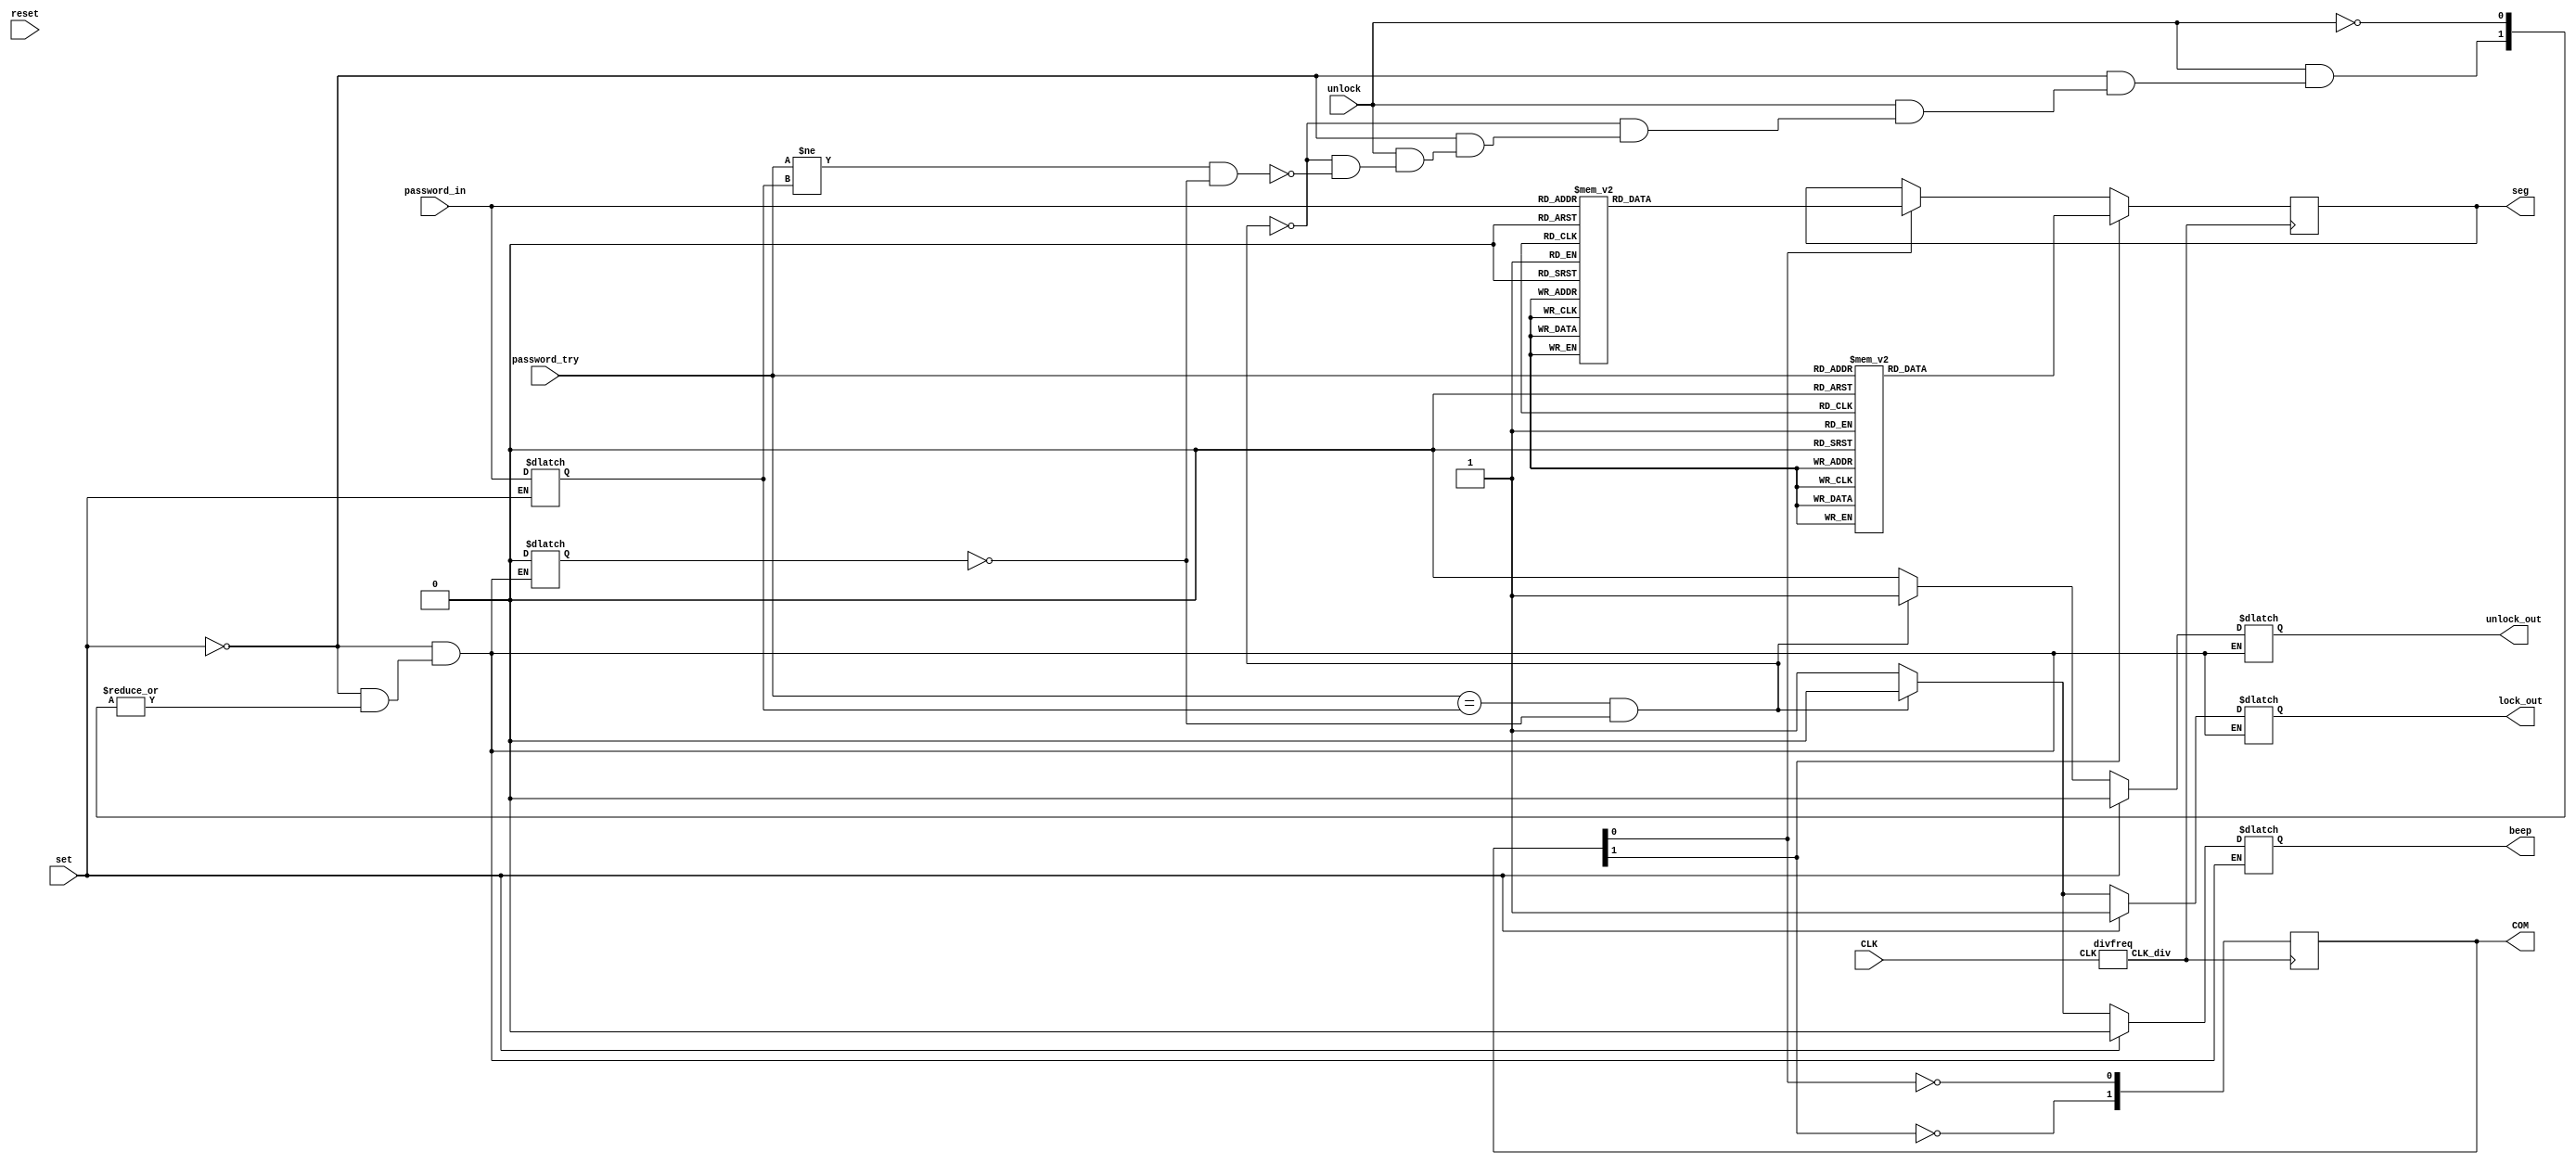
module zhuanti(
input [3:0] password_in, 
input [3:0] password_try,
input set,
input unlock,
input reset,
input CLK,
//output [7:0] password_out,
output reg  unlock_out,
output reg  lock_out,
output reg  beep = 0,
//output [2:0]try,
//output four_out,
output reg [1:0] COM,
//input A,B,C,D,E,G,H,I,
output reg [0:6] seg
);
divfreq F0(CLK, CLK_div);
reg [6:0] s1,s2,s3,s4;
reg[3:0]password;
reg check;
//reg[2:0] try_2;
//reg two;
//assign try = try_2;
assign password_out = password;
//assign four_out = four;
//assign A,B,C,D = password_in;
//assign E,G,H,I = password_out;


always @(set,unlock)
begin
if(set)
begin
password = password_in;
lock_out = 1;
unlock_out = 0;
check = 0; 
beep = 0;
end
else if(unlock)
begin	
if(password_try == password && check==0)
begin
lock_out = 0;
unlock_out = 1;
check = 0;     
beep = 0;
end

else if(password_try != password && check==0)
begin
lock_out = 1;
unlock_out = 0;
check = 0;
beep = 1; 
end
end
end

initial
begin
COM[0] = 1'b0;
COM[1] = 1'b1;



end

always @(posedge CLK_div)
begin
if(COM[0]) seg <= s1;
if(COM[1]) seg <= s2;



COM[0] = ~COM[0];
COM[1] = ~COM[1];


end

always @(password_in)
case({password_in})
4'b0000: s1= 7'b0000001;
4'b0001: s1= 7'b1001111;
4'b0010: s1= 7'b0010010;
4'b0011: s1= 7'b0000110;
4'b0100: s1= 7'b1001100;
4'b0101: s1= 7'b0100100;
4'b0110: s1= 7'b0100000;
4'b0111: s1= 7'b0001111;
4'b1000: s1= 7'b0000000;
4'b1001: s1= 7'b0000000;
default: s1= 7'b1111110;
endcase
always @(password_try)
case({password_try})
4'b0000: s2= 7'b0000001;
4'b0001: s2= 7'b1001111;
4'b0010: s2= 7'b0010010;
4'b0011: s2= 7'b0000110;
4'b0100: s2= 7'b1001100;
4'b0101: s2= 7'b0100100;
4'b0110: s2= 7'b0100000;
4'b0111: s2= 7'b0001111;
4'b1000: s2= 7'b0000000;
4'b1001: s2= 7'b0000000;
default: s2= 7'b1111110;
endcase
endmodule

module divfreq(input CLK, output reg CLK_div);
reg [24:0] Count = 25'b0;
always @(posedge CLK)
begin
if(Count > 25000000 /100)
begin
Count <= 25'b0;
CLK_div <= ~CLK_div;
end
else
Count <= Count + 1'b1;
end
endmodule